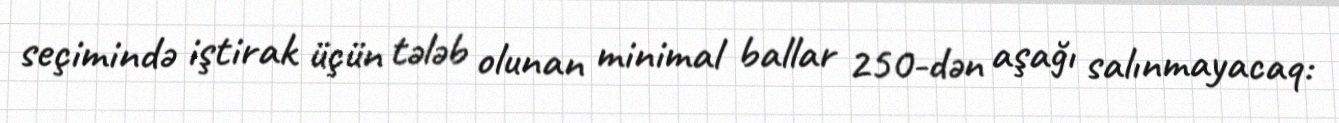
seçimində iştirak üçün tələb olunan minimal ballar 250-dən aşağı salınmayacaq: